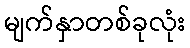
မျက်နှာတစ်ခုလုံး